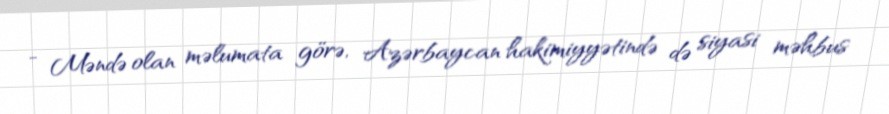
- Məndə olan məlumata görə, Azərbaycan hakimiyyətində də siyasi məhbus